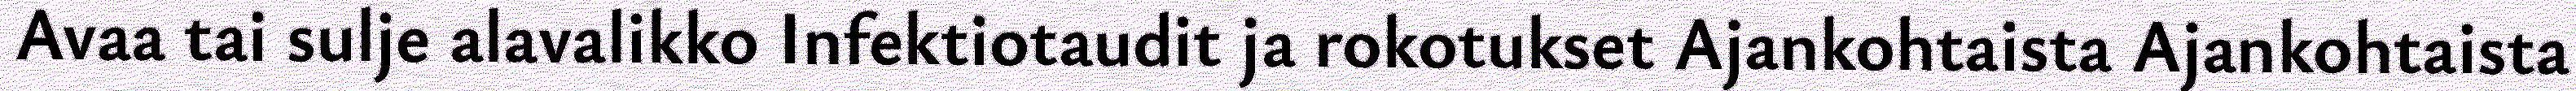
Avaa tai sulje alavalikko Infektiotaudit ja rokotukset Ajankohtaista Ajankohtaista